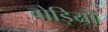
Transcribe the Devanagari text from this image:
बोड़ियों